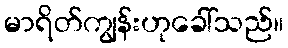
မာရိတ်ကျွန်းဟုခေါ်သည်။